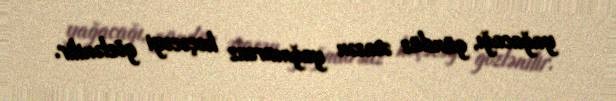
yağacağı, gündüz əsasən yağmursuz keçəcəyi gözlənilir.